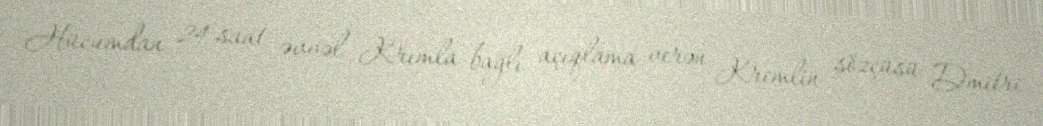
Hücumdan 24 saat əvvəl Krımla bağlı açıqlama verən Kremlin sözçüsü Dmitri